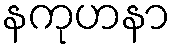
နကုဟနာ